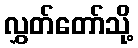
လွှတ်တော်သို့